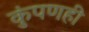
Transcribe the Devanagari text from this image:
कुंपणही